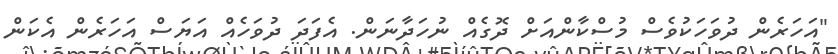
"އަހަރެން ދުވަހަކުވެސް މުސްކާންއަށް ދޮގެއް ނުހަދާނަން. އެފަދަ ދުވަހެއް އަޔަސް އަހަރެން އެކަން